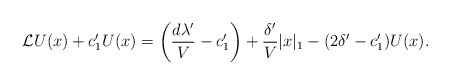
\begin{align*} {\cal L}U(x) + c_1'U(x) = \left(\frac{d \lambda'}{V} - c_1'\right) + \frac{\delta'}{V}|x|_1 - (2\delta'- c_1') U(x). \end{align*}